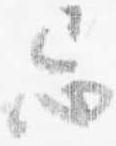
忌